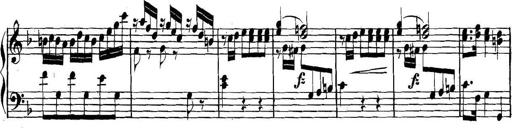
Title: Collected Piano Sonatas
Composer: Muzio Clementi